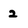
Character: 2